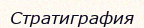
Стратиграфия